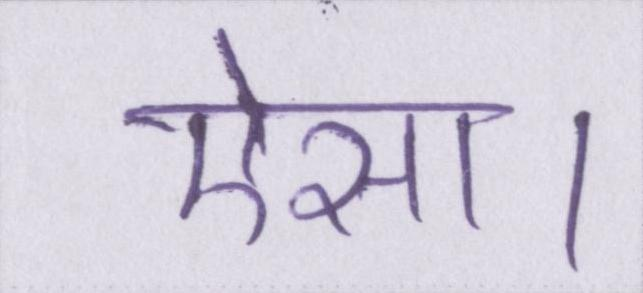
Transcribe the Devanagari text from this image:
ऐसा।